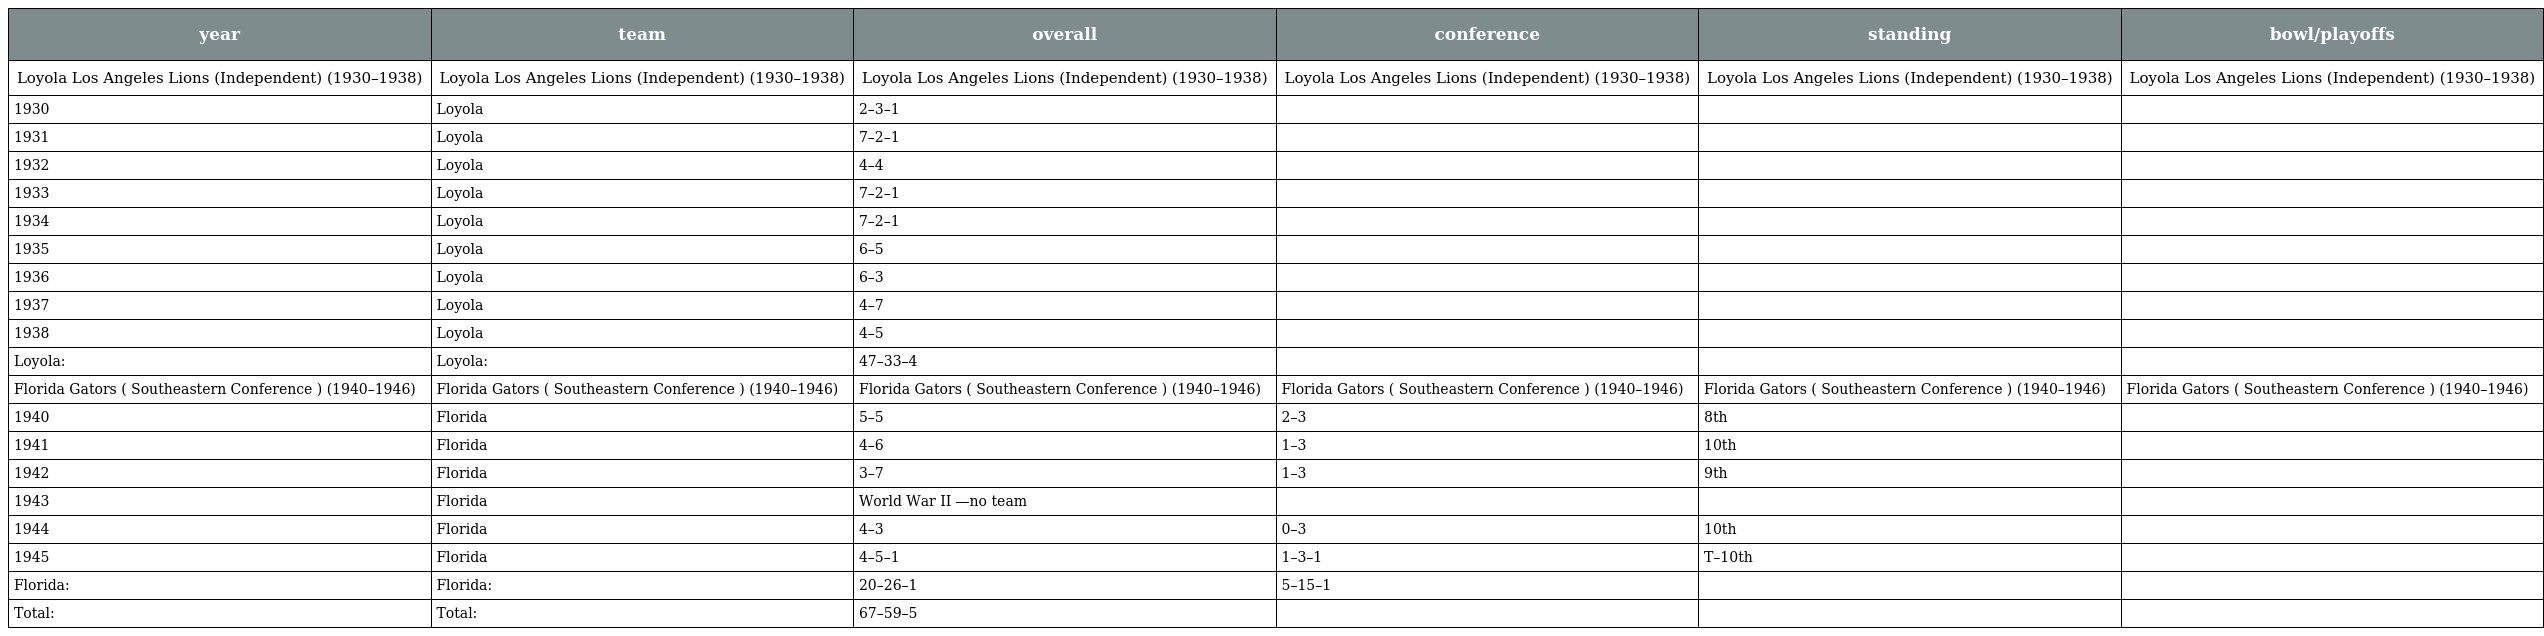
| year | team | overall | conference | standing | bowl/playoffs |
 | --- | --- | --- | --- | --- | --- |
 | Loyola Los Angeles Lions (Independent) (1930–1938) | Loyola Los Angeles Lions (Independent) (1930–1938) | Loyola Los Angeles Lions (Independent) (1930–1938) | Loyola Los Angeles Lions (Independent) (1930–1938) | Loyola Los Angeles Lions (Independent) (1930–1938) | Loyola Los Angeles Lions (Independent) (1930–1938) |
 | 1930 | Loyola | 2–3–1 |  |  |  |
 | 1931 | Loyola | 7–2–1 |  |  |  |
 | 1932 | Loyola | 4–4 |  |  |  |
 | 1933 | Loyola | 7–2–1 |  |  |  |
 | 1934 | Loyola | 7–2–1 |  |  |  |
 | 1935 | Loyola | 6–5 |  |  |  |
 | 1936 | Loyola | 6–3 |  |  |  |
 | 1937 | Loyola | 4–7 |  |  |  |
 | 1938 | Loyola | 4–5 |  |  |  |
 | Loyola: | Loyola: | 47–33–4 |  |  |  |
 | Florida Gators ( Southeastern Conference ) (1940–1946) | Florida Gators ( Southeastern Conference ) (1940–1946) | Florida Gators ( Southeastern Conference ) (1940–1946) | Florida Gators ( Southeastern Conference ) (1940–1946) | Florida Gators ( Southeastern Conference ) (1940–1946) | Florida Gators ( Southeastern Conference ) (1940–1946) |
 | 1940 | Florida | 5–5 | 2–3 | 8th |  |
 | 1941 | Florida | 4–6 | 1–3 | 10th |  |
 | 1942 | Florida | 3–7 | 1–3 | 9th |  |
 | 1943 | Florida | World War II —no team |  |  |  |
 | 1944 | Florida | 4–3 | 0–3 | 10th |  |
 | 1945 | Florida | 4–5–1 | 1–3–1 | T–10th |  |
 | Florida: | Florida: | 20–26–1 | 5–15–1 |  |  |
 | Total: | Total: | 67–59–5 |  |  |  |